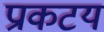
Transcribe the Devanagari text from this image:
प्राकटय